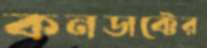
কনডাক্টের